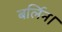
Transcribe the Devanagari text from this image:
बर्लिन।